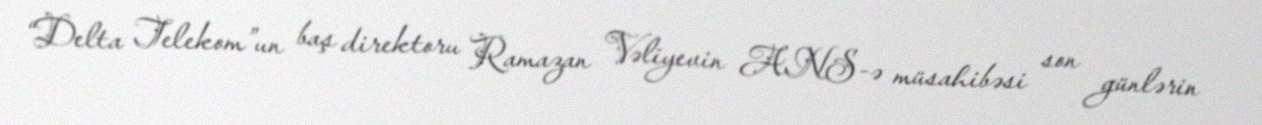
“Delta Telekom”un baş direktoru Ramazan Vəliyevin ANS-ə müsahibəsi son günlərin